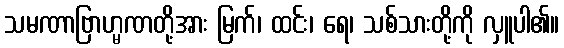
သမဏာဗြာဟ္မဏတို့အား မြက်၊ ထင်း၊ ရေ၊ သစ်သားတို့ကို လှူပါ၏။